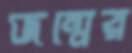
জম্মের